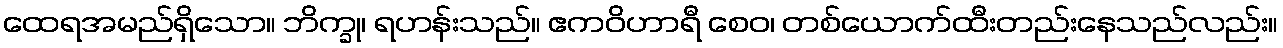
ထေရအမည်ရှိသော။ ဘိက္ခု၊ ရဟန်းသည်။ ဧကဝိဟာရီ စေဝ၊ တစ်ယောက်ထီးတည်းနေသည်လည်း။